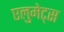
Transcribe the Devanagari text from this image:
एलुमेट्स